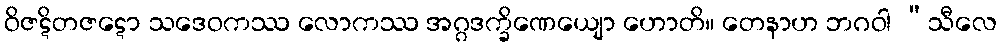
ဝိဇဋိတဇဋော သဒေဝကဿ လောကဿ အဂ္ဂဒက္ခိဏေယျော ဟောတိ။ တေနာဟ ဘဂဝါ “သီလေ